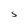
Character: S